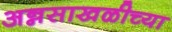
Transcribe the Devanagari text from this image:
अन्नसाखळीच्या